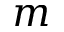
m